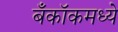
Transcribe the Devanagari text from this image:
बँकॉकमध्ये